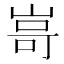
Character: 𭖫